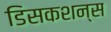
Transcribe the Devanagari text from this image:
डिसकशन्स